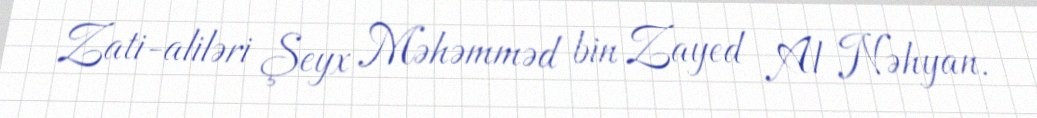
Zati-aliləri Şeyx Məhəmməd bin Zayed Al Nəhyan.